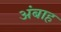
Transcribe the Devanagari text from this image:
अंबाह